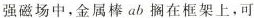
强磁场中，金属棒ab搁在框架上，可